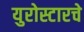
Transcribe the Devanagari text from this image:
युरोस्टारचे